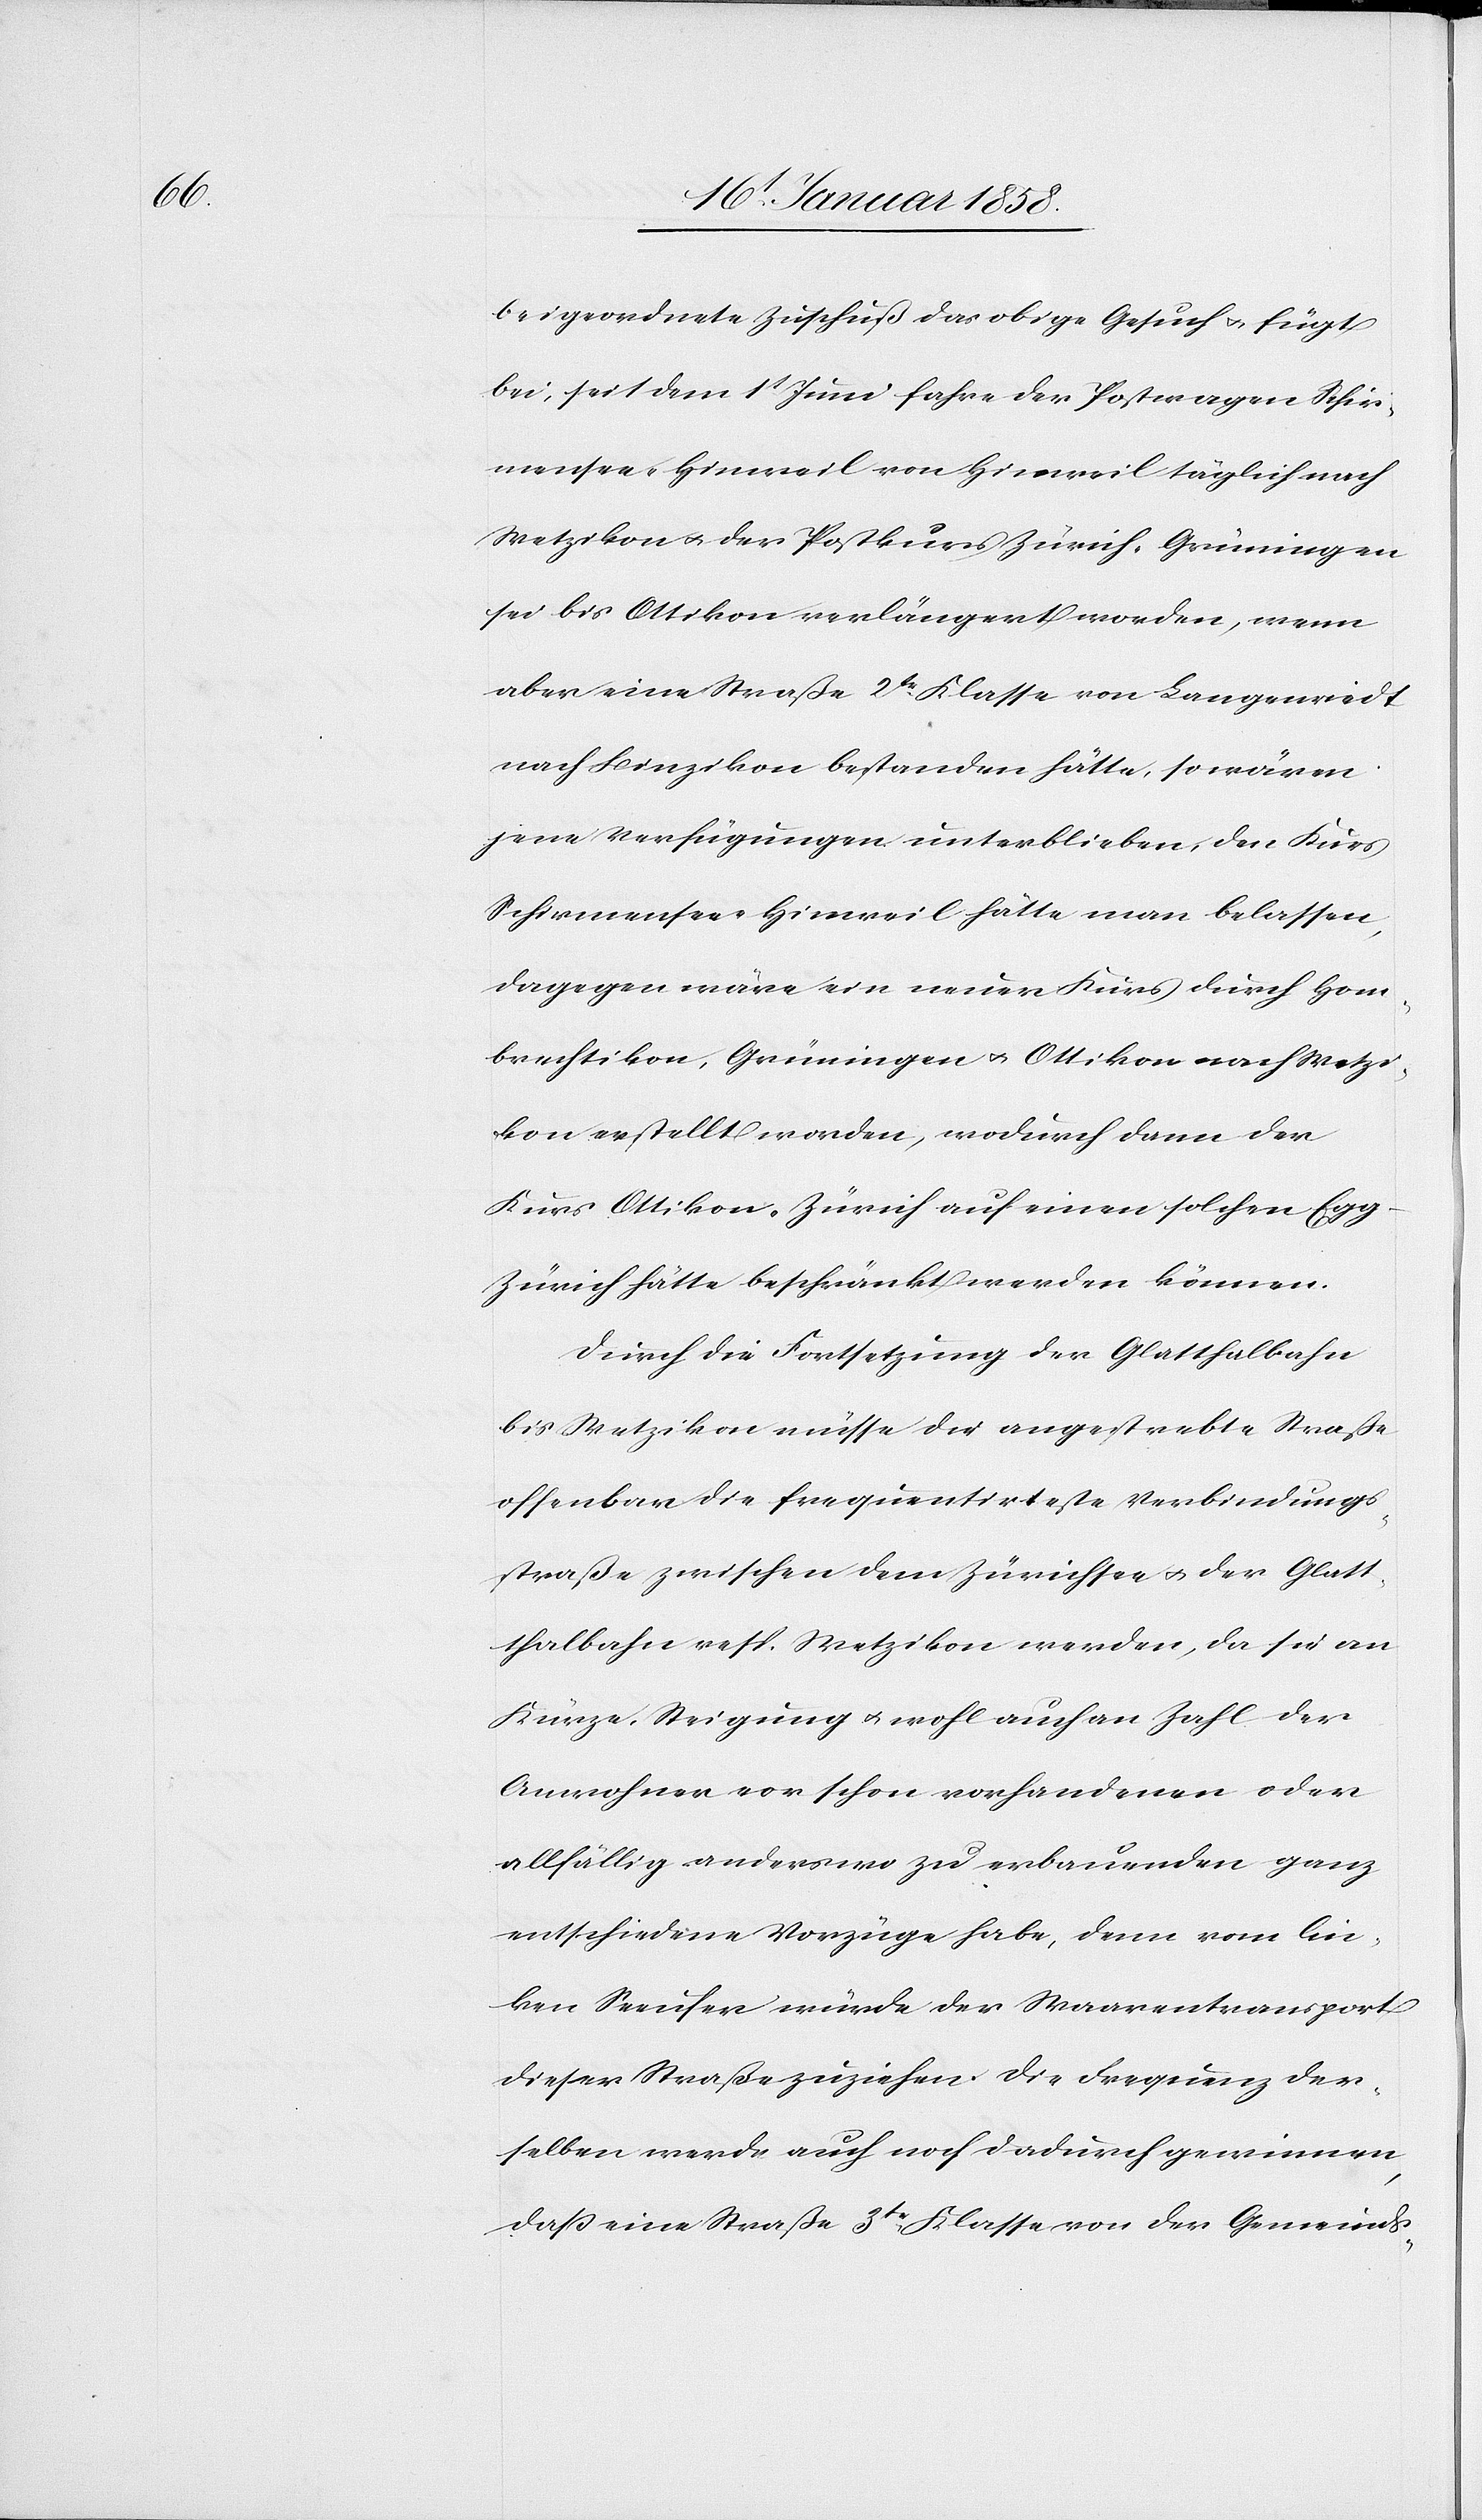
beigeordnete Zuschuß das obige Gesuch u. fügt
bei: seit dem 1t Juni fahre der Postwagen Schir¬
mensee-Hinweil von Hinweil täglich nach
Wetzikon u. der Postkurs Zürich-Grüningen
sei bis Ottikon verlängert worden, wenn
aber eine Straße 2tr. Klasse von Langenriedt
nach Binzikon bestanden hätte, so wären
jene Verfügungen unterblieben, den Kurs
Schirmensee-Hinweil hätte man belassen,
dagegen wäre ein neuer Kurs durch Hom¬
brechtikon, Grüningen u. Ottikon nach Wetzi¬
kon erstellt worden, wodurch dann der
Kurs Ottikon-Zürich auf einen solchen Eg¬
g-Zürich hätte beschränkt werden können.
Durch die Fortsetzung der Glatthalbahn
bis Wetzikon müsse die angestrebte Straße
offenbar die frequentirteste Verbindungs¬
straße zwischen dem Zürichsee u. der Glatt¬
halbahn resp. Wetzikon werden, da sie an
Kürze, Steigung u. wohl auch an Zahl der
Anwohner von schon vorhandenen oder
allfällig anderswo zu erbauenden ganz
entschiedene Vorzüge habe, denn vom lin¬
ken Seeufer würde der Waarentransport
dieser Straße zuziehen. Die Frequenz der¬
selben werde auch noch dadurch gewinnen,
daß eine Straße 3tr. Klasse von der Gemeinds-